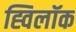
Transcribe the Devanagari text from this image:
ह्विलॉक